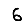
Digit: 6